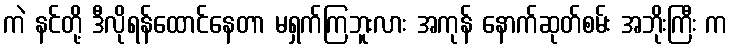
ကဲ နင်တို့ ဒီလိုရန်ထောင်နေတာ မရှက်ကြဘူးလား အကုန် နောက်ဆုတ်စမ်း အဘိုးကြီး က